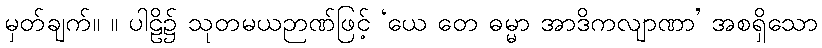
မှတ်ချက်။ ။ ပါဠိ၌ သုတမယဉာဏ်ဖြင့် ‘ယေ တေ ဓမ္မာ အာဒိကလျာဏာ’ အစရှိသော